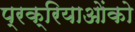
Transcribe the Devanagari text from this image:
प्रक्रियाओंको